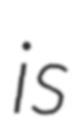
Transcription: is